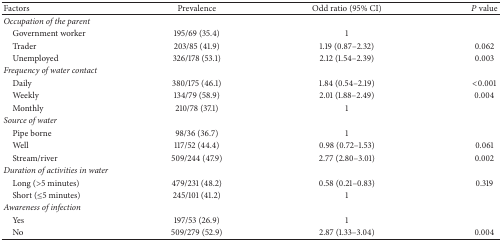
| Factors | Prevalence | Odd ratio (95% CI) | P value |
 | --- | --- | --- | --- |
 | <COLSPAN=4> Occupation of the parent |
 | Government worker | 195/69 (35.4) | 1 |  |
 | Trader | 203/85 (41.9) | 1.19 (0.87–2.32) | 0.062 |
 | Unemployed | 326/178 (53.1) | 2.12 (1.54–2.39) | 0.003 |
 | <COLSPAN=4> Frequency of water contact |
 | Daily | 380/175 (46.1) | 1.84 (0.54–2.19) | <0.001 |
 | Weekly | 134/79 (58.9) | 2.01 (1.88–2.49) | 0.004 |
 | Monthly | 210/78 (37.1) | 1 |  |
 | <COLSPAN=4> Source of water |
 | Pipe borne | 98/36 (36.7) | 1 |  |
 | Well | 117/52 (44.4) | 0.98 (0.72–1.53) | 0.061 |
 | Stream/river | 509/244 (47.9) | 2.77 (2.80–3.01) | 0.002 |
 | <COLSPAN=4> Duration of activities in water |
 | Long (>5 minutes) | 479/231 (48.2) | 0.58 (0.21–0.83) | 0.319 |
 | Short (≤5 minutes) | 245/101 (41.2) | 1 |  |
 | <COLSPAN=4> Awareness of infection |
 | Yes | 197/53 (26.9) | 1 |  |
 | No | 509/279 (52.9) | 2.87 (1.33–3.04) | 0.004 |